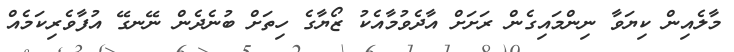
މާލެއިން ކިޔަވާ ނިންމައިގެން ރަށަށް އާދެވުމާއެކު ޒޯޔާގެ ހިތަށް ބުނެދެން ނޭނގޭ އުފާވެރިކަމެއް